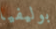
بوليفيا